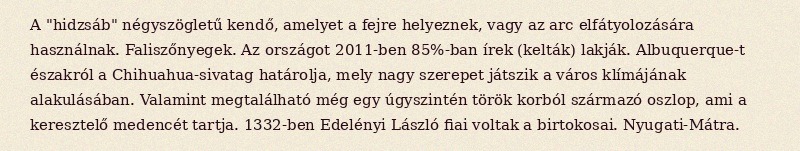
A "hidzsáb" négyszögletű kendő, amelyet a fejre helyeznek, vagy az arc elfátyolozására használnak. Faliszőnyegek. Az országot 2011-ben 85%-ban írek (kelták) lakják. Albuquerque-t északról a Chihuahua-sivatag határolja, mely nagy szerepet játszik a város klímájának alakulásában. Valamint megtalálható még egy úgyszintén török korból származó oszlop, ami a keresztelő medencét tartja. 1332-ben Edelényi László fiai voltak a birtokosai. Nyugati-Mátra.